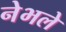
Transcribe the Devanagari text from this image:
नेभले